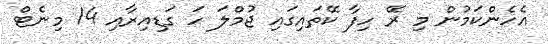
އެހެންކަމުން މި ރޭ ހިފާ ކޭތައިގައި ޖުމްލަ ހަ ގަޑިއިރާއި 14 މިނެޓް